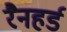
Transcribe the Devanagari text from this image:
रैनहर्ड